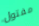
مفتول